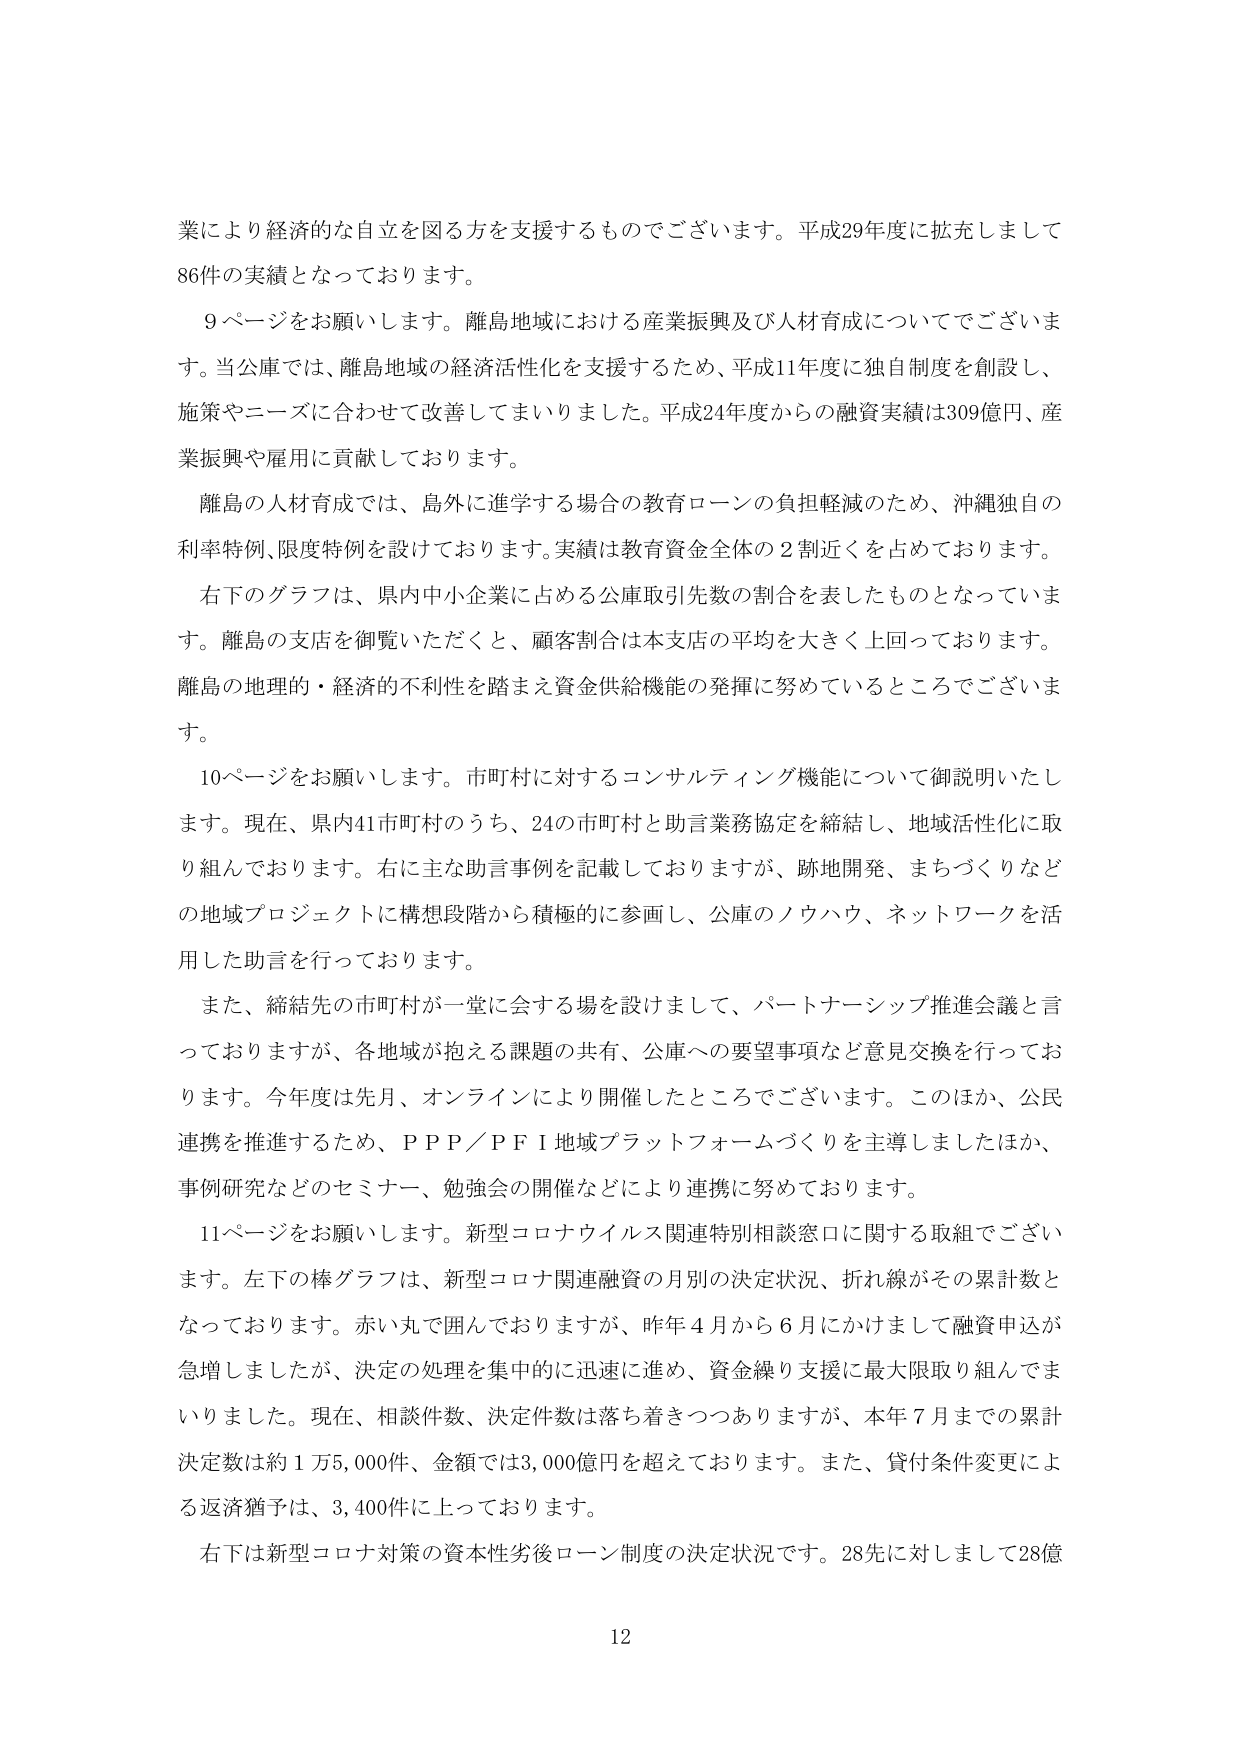
業により経済的な自立を図る方を支援するものでございます。平成29年度に拡充しまして86件の実績となっております。

9ページをお願いします。離島地域における産業振興及び人材育成についてでございます。当公庫では、離島地域の経済活性化を支援するため、平成11年度に独自制度を創設し、施策やニーズに合わせて改善してまいりました。平成24年度からの融資実績は309億円、産業振興や雇用に貢献しております。

離島の人材育成では、島外に進学する場合の教育ローンの負担軽減のため、沖縄独自の利率特例、限度特例を設けております。実績は教育資金全体の2割近くを占めております。

右下のグラフは、県内中小企業に占める公庫取引先数の割合を表したものとなっております。離島の支店を御覧いただくと、顧客割合は本支店の平均を大きく上回っております。離島の地理的・経済的不利性を踏まえ資金供給機能の発揮に努めているところでございます。

10ページをお願いします。市町村に対するコンサルティング機能について御説明いたします。現在、県内41市町村のうち、24の市町村と助言業務協定を締結し、地域活性化に取り組んでおります。右に主な助言事例を記載しておりますが、跡地開発、まちづくりなどの地域プロジェクトに構想段階から積極的に参画し、公庫のノウハウ、ネットワークを活用した助言を行っております。

また、締結先の市町村が一堂に会する場を設けまして、パートナーシップ推進会議と言っておりますが、各地域が抱える課題の共有、公庫への要望事項など意見交換を行っております。今年度は先月、オンラインにより開催したところでございます。このほか、公民連携を推進するため、ＰＰＰ／ＰＦＩ地域プラットフォームづくりを主導しましたほか、事例研究などのセミナー、勉強会の開催などにより連携に努めております。

11ページをお願いします。新型コロナウイルス関連特別相談窓口に関する取組でございます。左下の棒グラフは、新型コロナ関連融資の月別の決定状況、折れ線がその累計数となっております。赤い丸で囲んでおりますが、昨年4月から6月にかけまして融資申込が急増しましたが、決定の処理を集中的に迅速に進め、資金繰り支援に最大限取り組んでまいりました。現在、相談件数、決定件数は落ち着きつつありますが、本年7月までの累計決定数は約1万5,000件、金額では3,000億円を超えております。また、貸付条件変更による返済猶予は、3,400件に上っております。

右下は新型コロナ対策の資本性劣後ローン制度の決定状況です。28先に対しまして28億

12